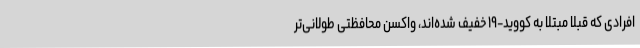
افرادی که قبلا مبتلا به کووید-۱۹ خفیف شده‌اند، واکسن محافظتی طولانی‌تر